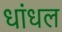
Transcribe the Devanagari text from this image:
धांधल